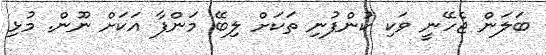
ބަލަން ޖެހޭނީ ވަކި ކުންފުނި ތަކަށް ލިބޭ މަންފާ އަކަށް ނޫން. މުޅި